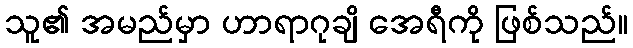
သူ၏ အမည်မှာ ဟာရာဂုချိ အေရီကို ဖြစ်သည်။